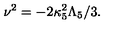
\nu ^ { 2 } = - 2 \kappa _ { 5 } ^ { 2 } \Lambda _ { 5 } / 3 .